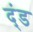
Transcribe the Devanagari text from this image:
द्ंड